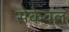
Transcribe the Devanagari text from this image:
सेकेवल